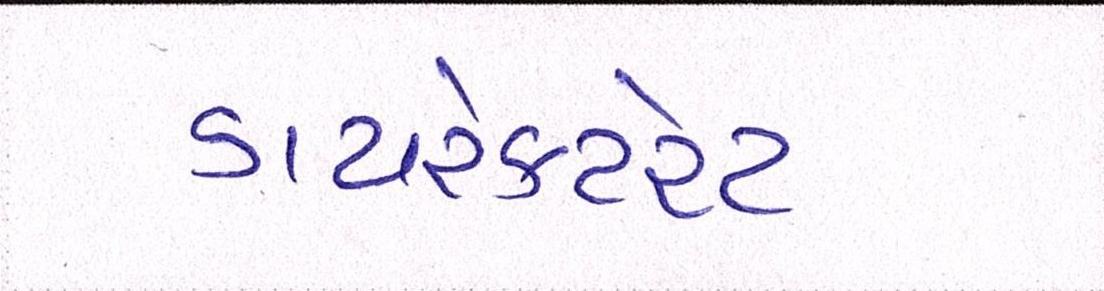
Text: ડાયરેક્ટરેટ